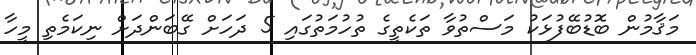
މަޤާމުން ބޮޑުބޭފުޅަކު މަސްތުވާ ތަކެތީގެ ތުހުމަތުގައި 5 ދަހަށް ގޭބަންދަށް ނިކަމެތި މީހާ